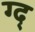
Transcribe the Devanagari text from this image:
ग्द्